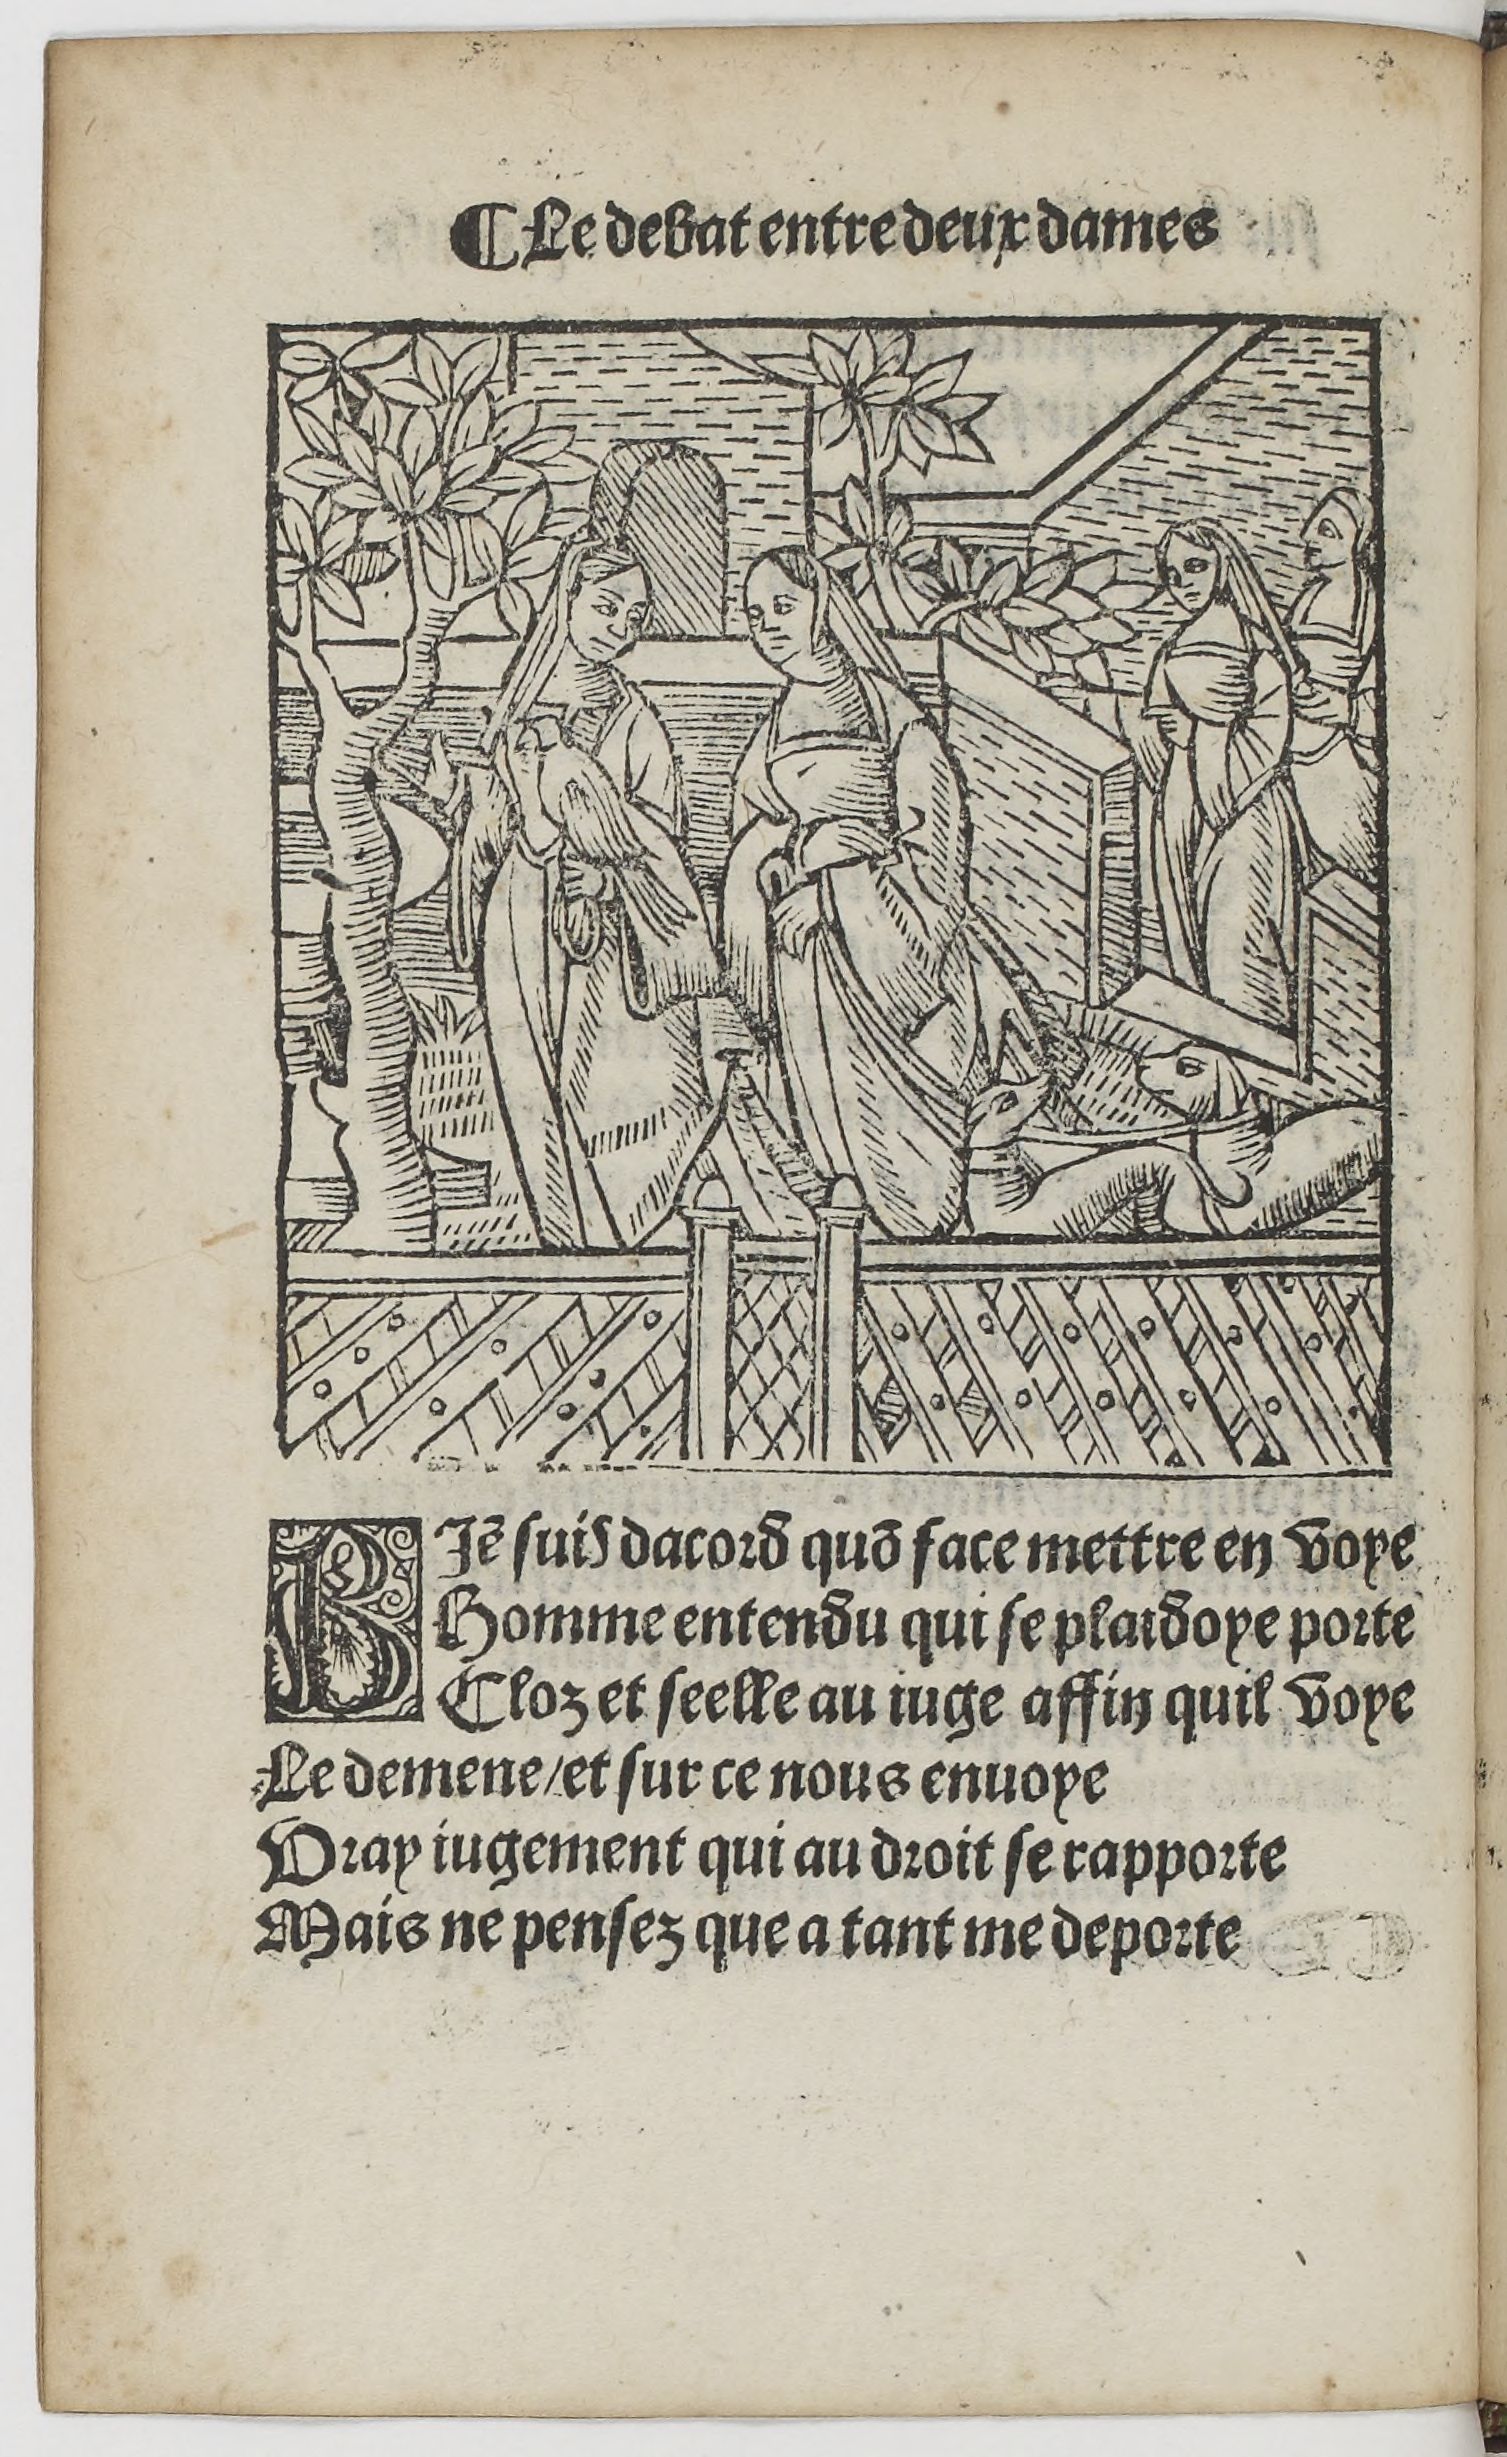
Shelfmark: Paris, BnF, Rés. YE-1395
Century: 16